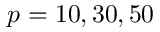
\ensuremath { p } = 1 0 , 3 0 , 5 0